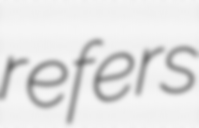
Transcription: refers